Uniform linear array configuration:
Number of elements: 48
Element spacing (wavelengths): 1
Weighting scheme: kaiser
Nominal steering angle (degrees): -60
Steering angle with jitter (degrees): -61.947
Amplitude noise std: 0.05
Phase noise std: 0.05

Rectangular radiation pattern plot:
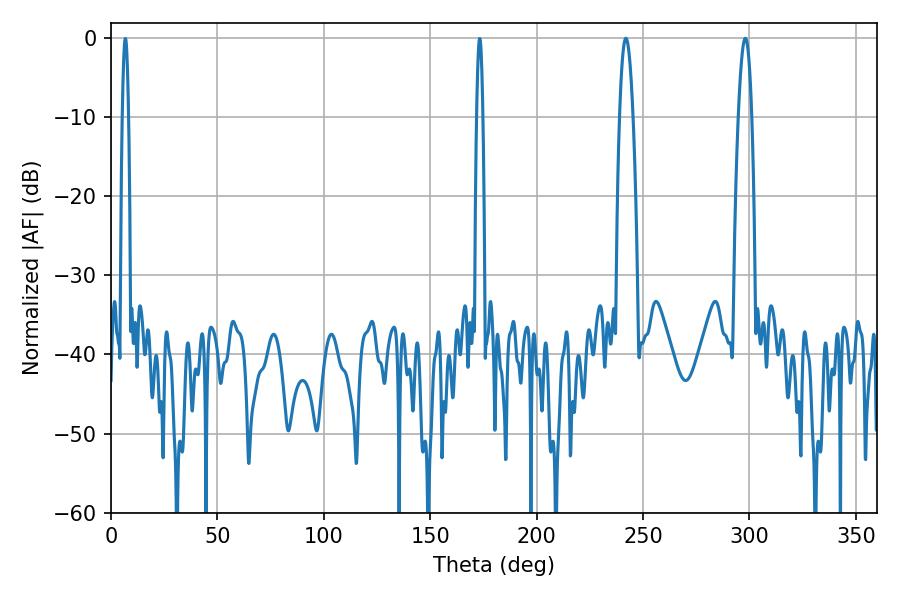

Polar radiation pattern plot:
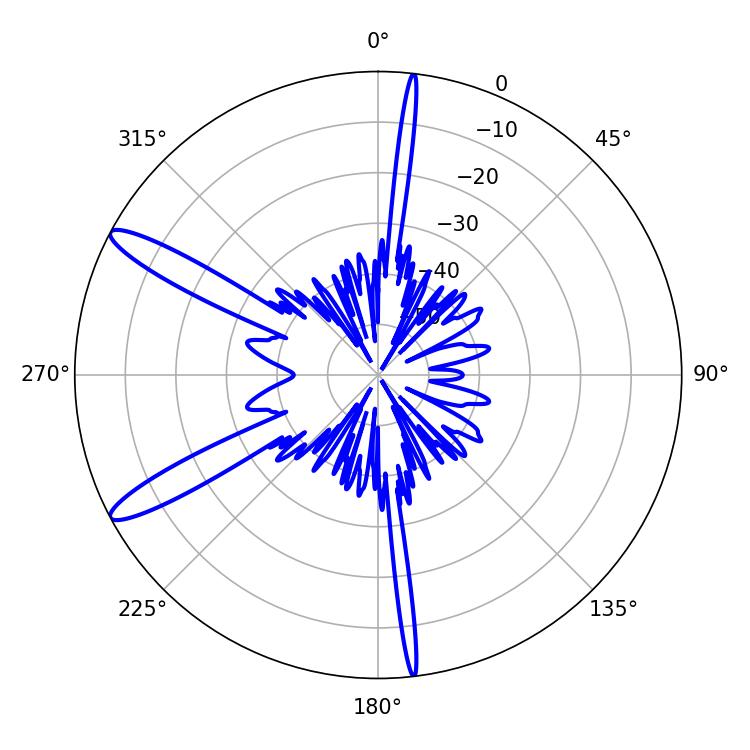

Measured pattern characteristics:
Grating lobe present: TRUE
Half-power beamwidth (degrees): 3.42
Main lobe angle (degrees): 241.92